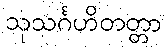
သုသင်္ဂဟိတတ္တာ